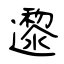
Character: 邌